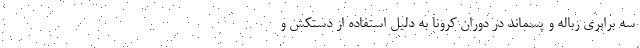
سه برابری زباله و پسماند در دوران کرونا به دلیل استفاده از دستکش و